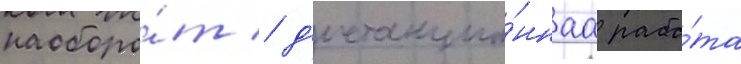
наоборо́т / д'истанцио́ннаа рабо́та